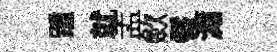
踵就孟歛髻瀟